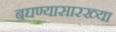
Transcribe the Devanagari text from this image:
बघण्यासारख्या